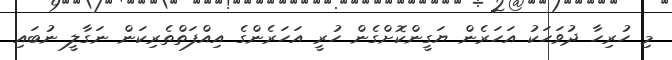
މި ހުރިހާ ދުވަހަކު އަހަރެން ޔަގީންކޮށްގެން ހުރީ އަހަރެންގެ އިއްފަތްތެރިކަން ނަގާލީ ނުބައި